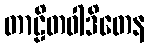
တာဠိတဝါဒိတေန